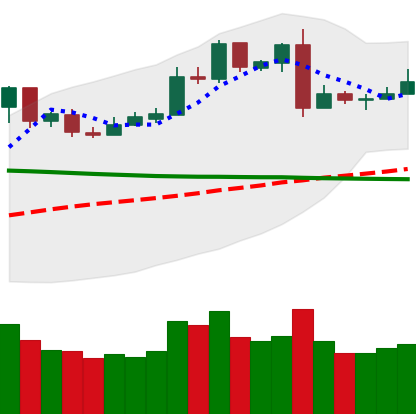
Ticker: LTC-USD
Chart end date: 2019-03-01
Forward return: 17.472%
Label: up_7plus